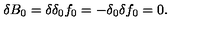
\delta B _ { 0 } = \delta \delta _ { 0 } f _ { 0 } = - \delta _ { 0 } \delta f _ { 0 } = 0 .